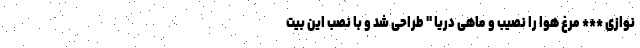
نوازی *** مرغ هوا را نصیب و ماهی دریا " طراحی شد و با نصب این بیت